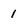
Character: 1